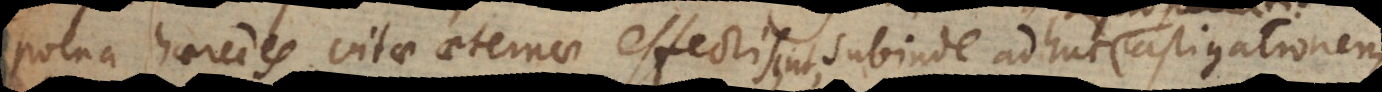
poena haeredes vitae aeternae effecti sint, subinde adhuc castigationem